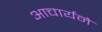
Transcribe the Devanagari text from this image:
आचार्यने